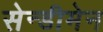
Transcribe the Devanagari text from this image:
सेन्डीमेन